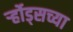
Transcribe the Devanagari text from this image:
र्ऱ्होड्सच्या